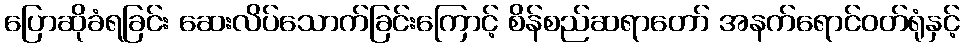
ပြောဆိုခံရခြင်း ဆေးလိပ်သောက်ခြင်းကြောင့် စိန်စည်ဆရာတော် အနက်ရောင်ဝတ်ရုံနှင့်